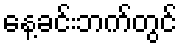
နေ့ခင်းဘက်တွင်